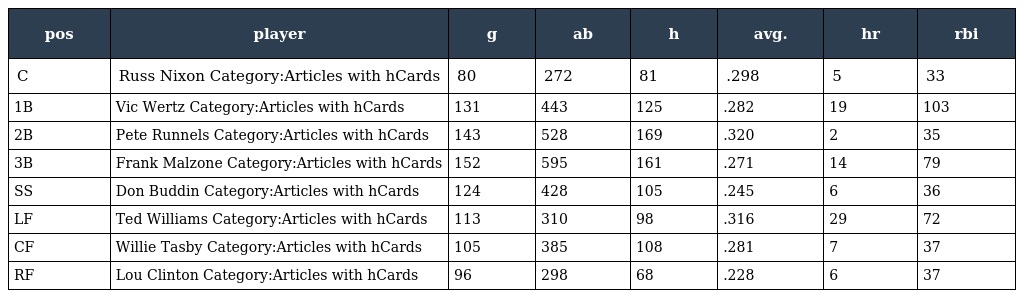
| pos | player | g | ab | h | avg. | hr | rbi |
 | --- | --- | --- | --- | --- | --- | --- | --- |
 | C | Russ Nixon Category:Articles with hCards | 80 | 272 | 81 | .298 | 5 | 33 |
 | 1B | Vic Wertz Category:Articles with hCards | 131 | 443 | 125 | .282 | 19 | 103 |
 | 2B | Pete Runnels Category:Articles with hCards | 143 | 528 | 169 | .320 | 2 | 35 |
 | 3B | Frank Malzone Category:Articles with hCards | 152 | 595 | 161 | .271 | 14 | 79 |
 | SS | Don Buddin Category:Articles with hCards | 124 | 428 | 105 | .245 | 6 | 36 |
 | LF | Ted Williams Category:Articles with hCards | 113 | 310 | 98 | .316 | 29 | 72 |
 | CF | Willie Tasby Category:Articles with hCards | 105 | 385 | 108 | .281 | 7 | 37 |
 | RF | Lou Clinton Category:Articles with hCards | 96 | 298 | 68 | .228 | 6 | 37 |